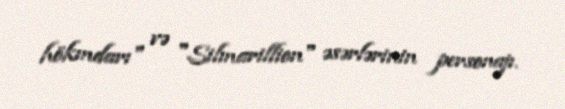
hökmdarı" və "Silmarillion" əsərlərinin personajı.